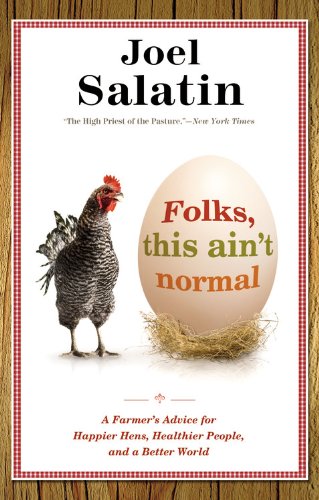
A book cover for Folks, This Ain't Normal: A Farmer's Advice for Happier Hens, Healthier People, and a Better World; Joel Salatin; Crafts, Hobbies & Home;